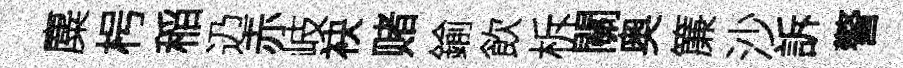
麋枵稲辸赤岐袂赌鍮飲柝關奥簾沙訴警